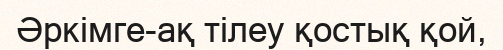
Әркімге-ақ тілеу қостық қой,